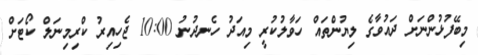
މިބޭފުޅުންނަށް ދައުވާގެ ލިޔުންތައް ހަވާލުކުރީ މިއަދު ހެނދުނު 10:00 ޖެހިއިރު ކްރިމިނަލް ކޯޓަށް